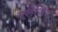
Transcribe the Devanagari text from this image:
एलेजिए